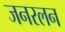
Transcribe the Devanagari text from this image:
जनरलन